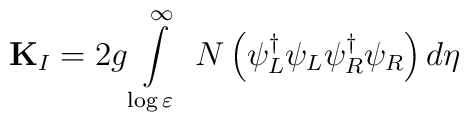
{\bf K}_{I}=2g \int\limits_{\log \varepsilon }^{\infty }\ N\left( \psi_{L}^{\dagger }\psi _{L}\psi _{R}^{\dagger }\psi _{R}\right) d\eta